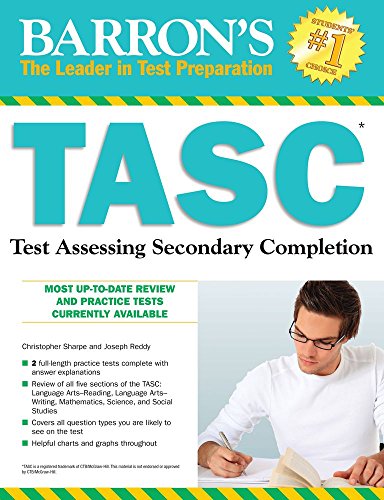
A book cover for Barron's TASC: Test Assessing Secondary Completion; Christopher Sharpe; Test Preparation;